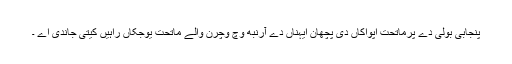
پنجابی بولی دے پرماتحت اپواکاں دی پچھان ایہناں دے آرنبھ وچ وچرن والے ماتحت یوجکاں راہیں کیتی جاندی اے ۔